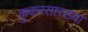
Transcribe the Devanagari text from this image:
कुकरसारख्या